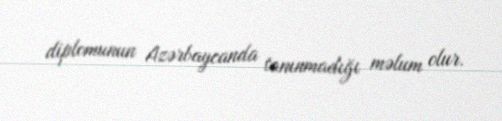
diplomunun Azərbaycanda tanınmadığı məlum olur.